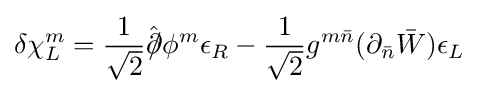
\delta \chi _{L}^{m}={\frac {1}{\sqrt {2}}}{\hat {\partial \!\!\!/}}\phi ^{m}\epsilon _{R}-{\frac {1}{\sqrt {2}}}g^{m{\bar {n}}}(\partial _{\bar {n}}{\bar {W}})\epsilon _{L}